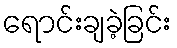
ရောင်းချခဲ့ခြင်း